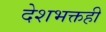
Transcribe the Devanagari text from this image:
देशभक्तही